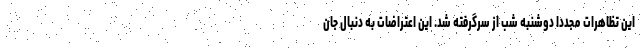
این تظاهرات مجددا دوشنبه شب از سرگرفته شد. این اعتراضات به دنبال جان